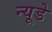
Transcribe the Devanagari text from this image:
न्यूडे